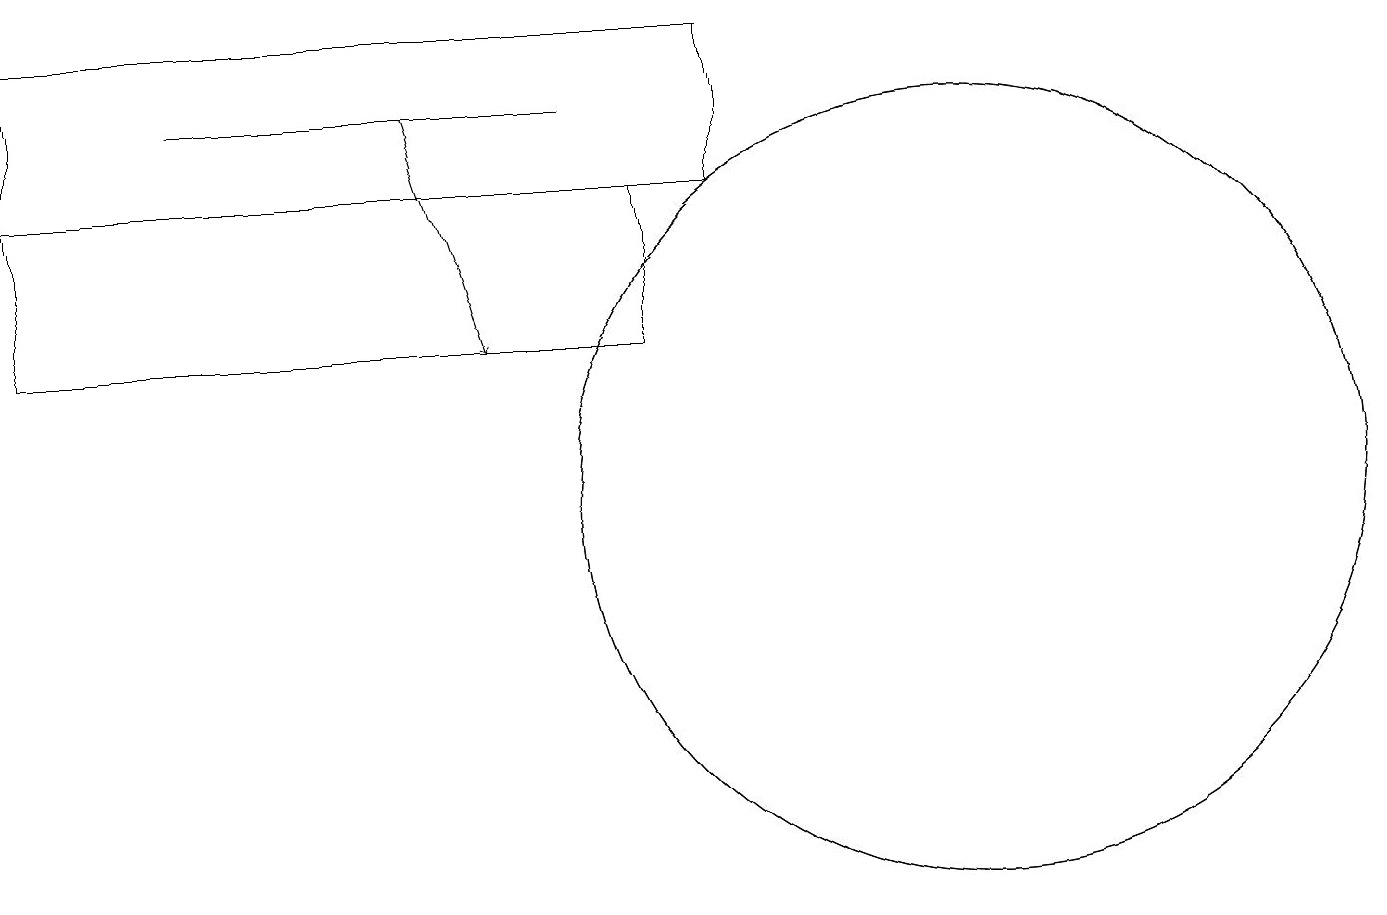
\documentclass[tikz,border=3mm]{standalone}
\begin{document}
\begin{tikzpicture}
\draw (0,15) rectangle (8,13);
\draw (10,11) circle (0);
\draw (9,17) rectangle (0,15);
\draw (12,11) circle (5);
\draw (12,11) circle (5);
\draw (2,16) rectangle (7,16);
\draw[->] (5,16) -- (6,13);
\draw (3,15) rectangle (6,15);
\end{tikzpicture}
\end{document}